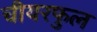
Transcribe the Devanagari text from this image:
चीयरफुल